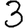
Digit: 3